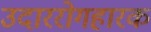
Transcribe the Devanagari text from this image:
उदाररोगहारक